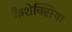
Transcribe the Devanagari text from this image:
कैशेक्सिया